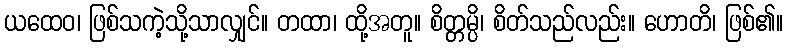
ယထေဝ၊ ဖြစ်သကဲ့သို့သာလျှင်။ တထာ၊ ထို့အတူ။ စိတ္တမ္ပိ၊ စိတ်သည်လည်း။ ဟောတိ၊ ဖြစ်၏။